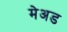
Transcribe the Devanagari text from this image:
मेअड